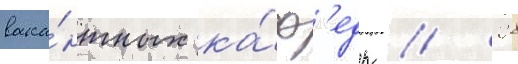
вака́нтных ка́ф'едр // 28